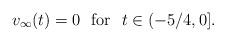
LaTeX: \begin{align*} v_{\infty} (t) = 0 \ \ \textrm{for} \ \ t \in (-5/4,0]. \end{align*}